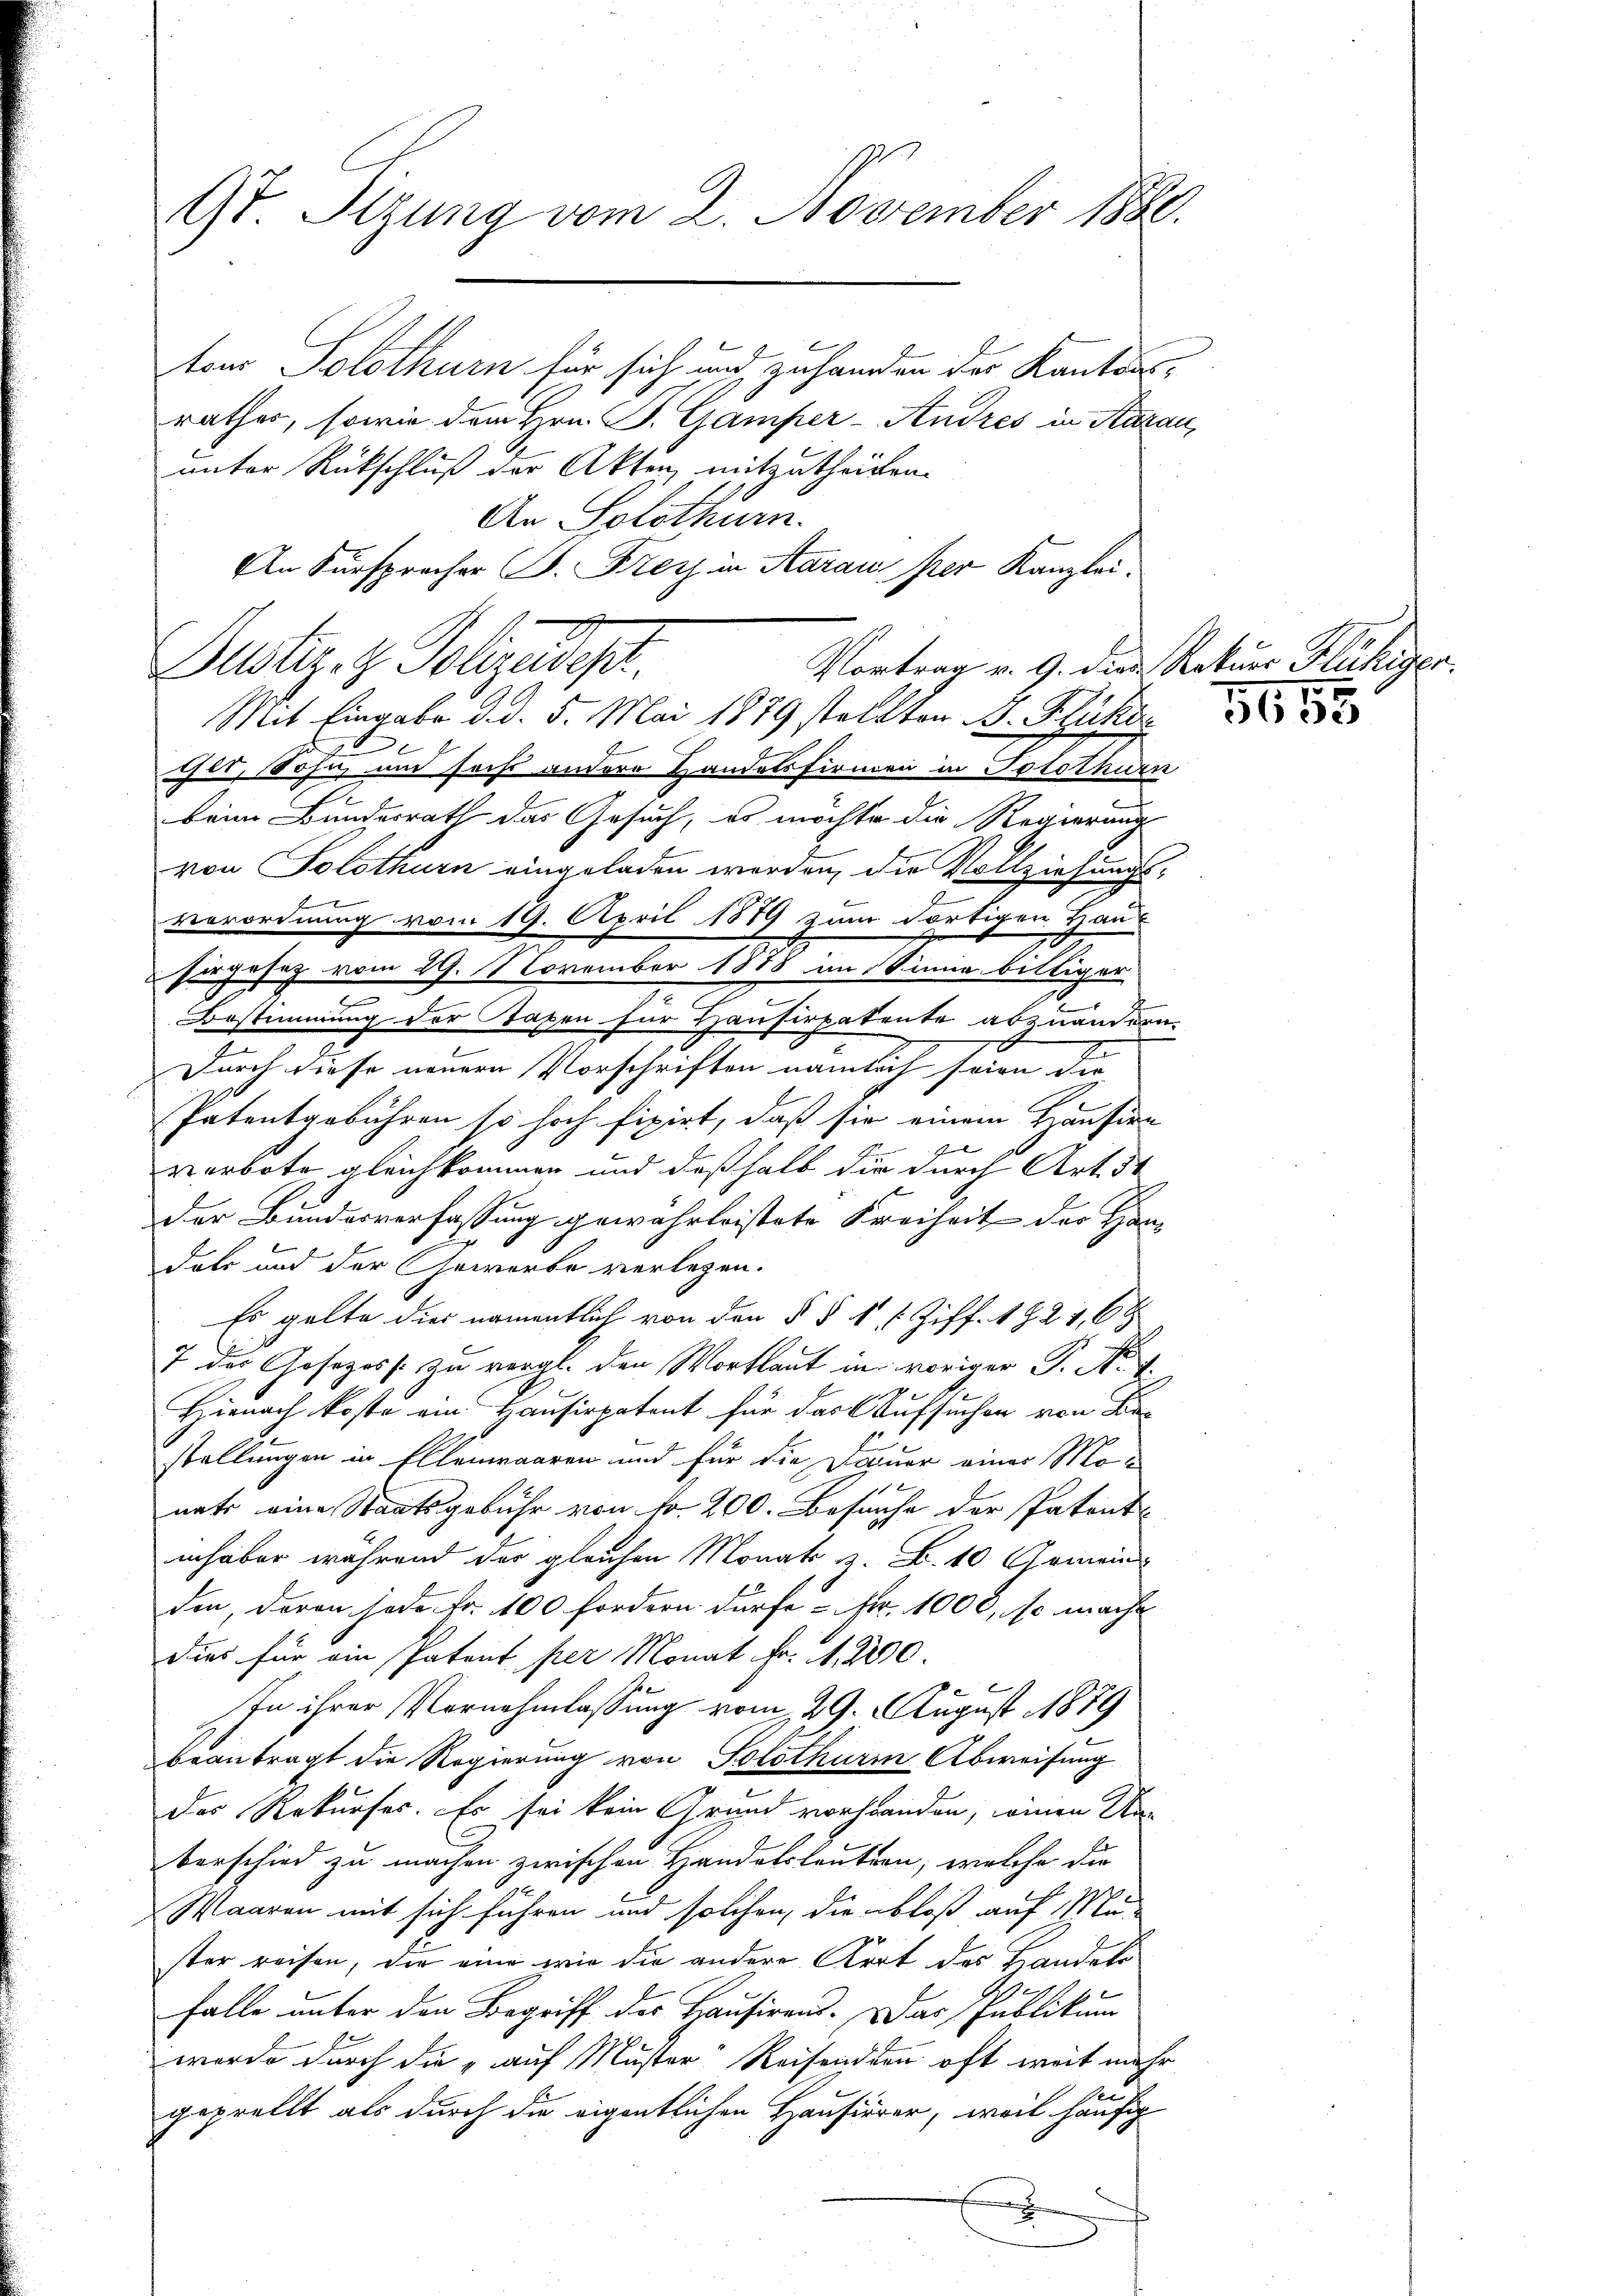
ton Solothurn für sich und zuhanden der Kantons-
rathes, sowie dem Hrn. P. Gamper - Andres in Saran,
unter Rückschluß der Akten, mitzutheilen.
An Solothurn.
An Fürsprecher P. Frey in Aaraus per Kanzlei.
Puster. H. Polizeidigt.
Vortrag v. 9. dies Rekurs Flüchiger.
Ger, Sohn und sechs andere Handelsfirmen in Solothurn
beim Bundesrath das Gesuch, es möchte die Regierung
von Solothurn eingeladen werden, die Vollziehungs-
verordnung vom 19. April 1889 zum dortigen Haus
zugesaz vom 29. November 1888 an Sinne billiger
d
Bestimmung der Taxen für Hausirpatente abzuändern.
Durch diese neuern Vorschriften nämlich seien die
Patentgebühren so hoch fixirt, daß sie einem Hausire
verbote gleichkommen und deßhalb die durch Art. 34
der Bundesverfassung gewährleistete Freiheit der Han-
dals und der Gewerbe verlegen.
Es gelte dies namentlich von den § § 1, 1 Ziff. 1821, 68
7 der Gesezess zu vergl. den Wortlaut in voriger P. Nr. 4.
Hiernach koste am Hausirpatent für das Aufsicher von Bestellungen in Ellenwaaren und für die Dauer einer Monats eine Staatsgebühr von fr. 200. Besuche der Patent-
inhaber während der gleichen Monate z. B. 10 Gemeins
den davon jede Fr. 100 fordern dürfe u. Fr. 1000, so mache
dies für ein Patent per Monat Fr. 1. 2200.
.
In ihrer Vornehmlassung vom 29. August 1879
beantragt die Regierung von Solothurm Abweisung
Das Rekurses. Es sei kein Grund vorhanden, einen Unberschied zu machen zwischen Handelsleuten, welche die
Waaren mit sich führen und solchen, die bloß auf Mu-
ster reisen, die eine wie die andere Kert des Handels
falle unter den Begriff des Hausirens. Das Publikum
wurde durch die „auf Muster Reisenden oft weit mehr
geprellt als durch die eigentlichen Hausierer, weil häufig
E

9t. Sitzung vom 2. November 1880.

Mit Eingabe d.d. 5. Mai 1879 stellten B. Flücken

5655